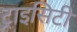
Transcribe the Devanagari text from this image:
ट्राइसिटी